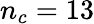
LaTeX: n_{c}=13